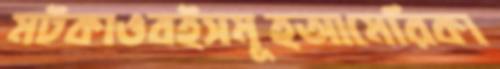
মটকাওবইসমূহআমেরিকা